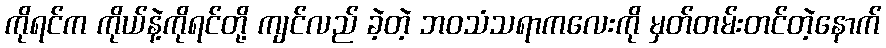
ကိုရင်က ကိုယ်နဲ့ကိုရင်တို့ ကျင်လည် ခဲ့တဲ့ ဘဝသံသရာကလေးကို မှတ်တမ်းတင်တဲ့နောက်